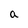
Character: a